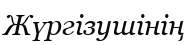
Жүргізушінің